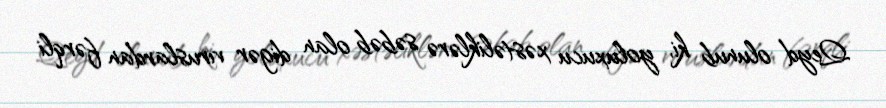
Qeyd olunub ki, yoluxucu xəstəliklərə səbəb olan digər viruslardan fərqli